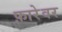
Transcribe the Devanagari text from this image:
फ़ारेवर